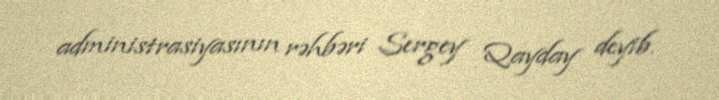
administrasiyasının rəhbəri Sergey Qayday deyib.